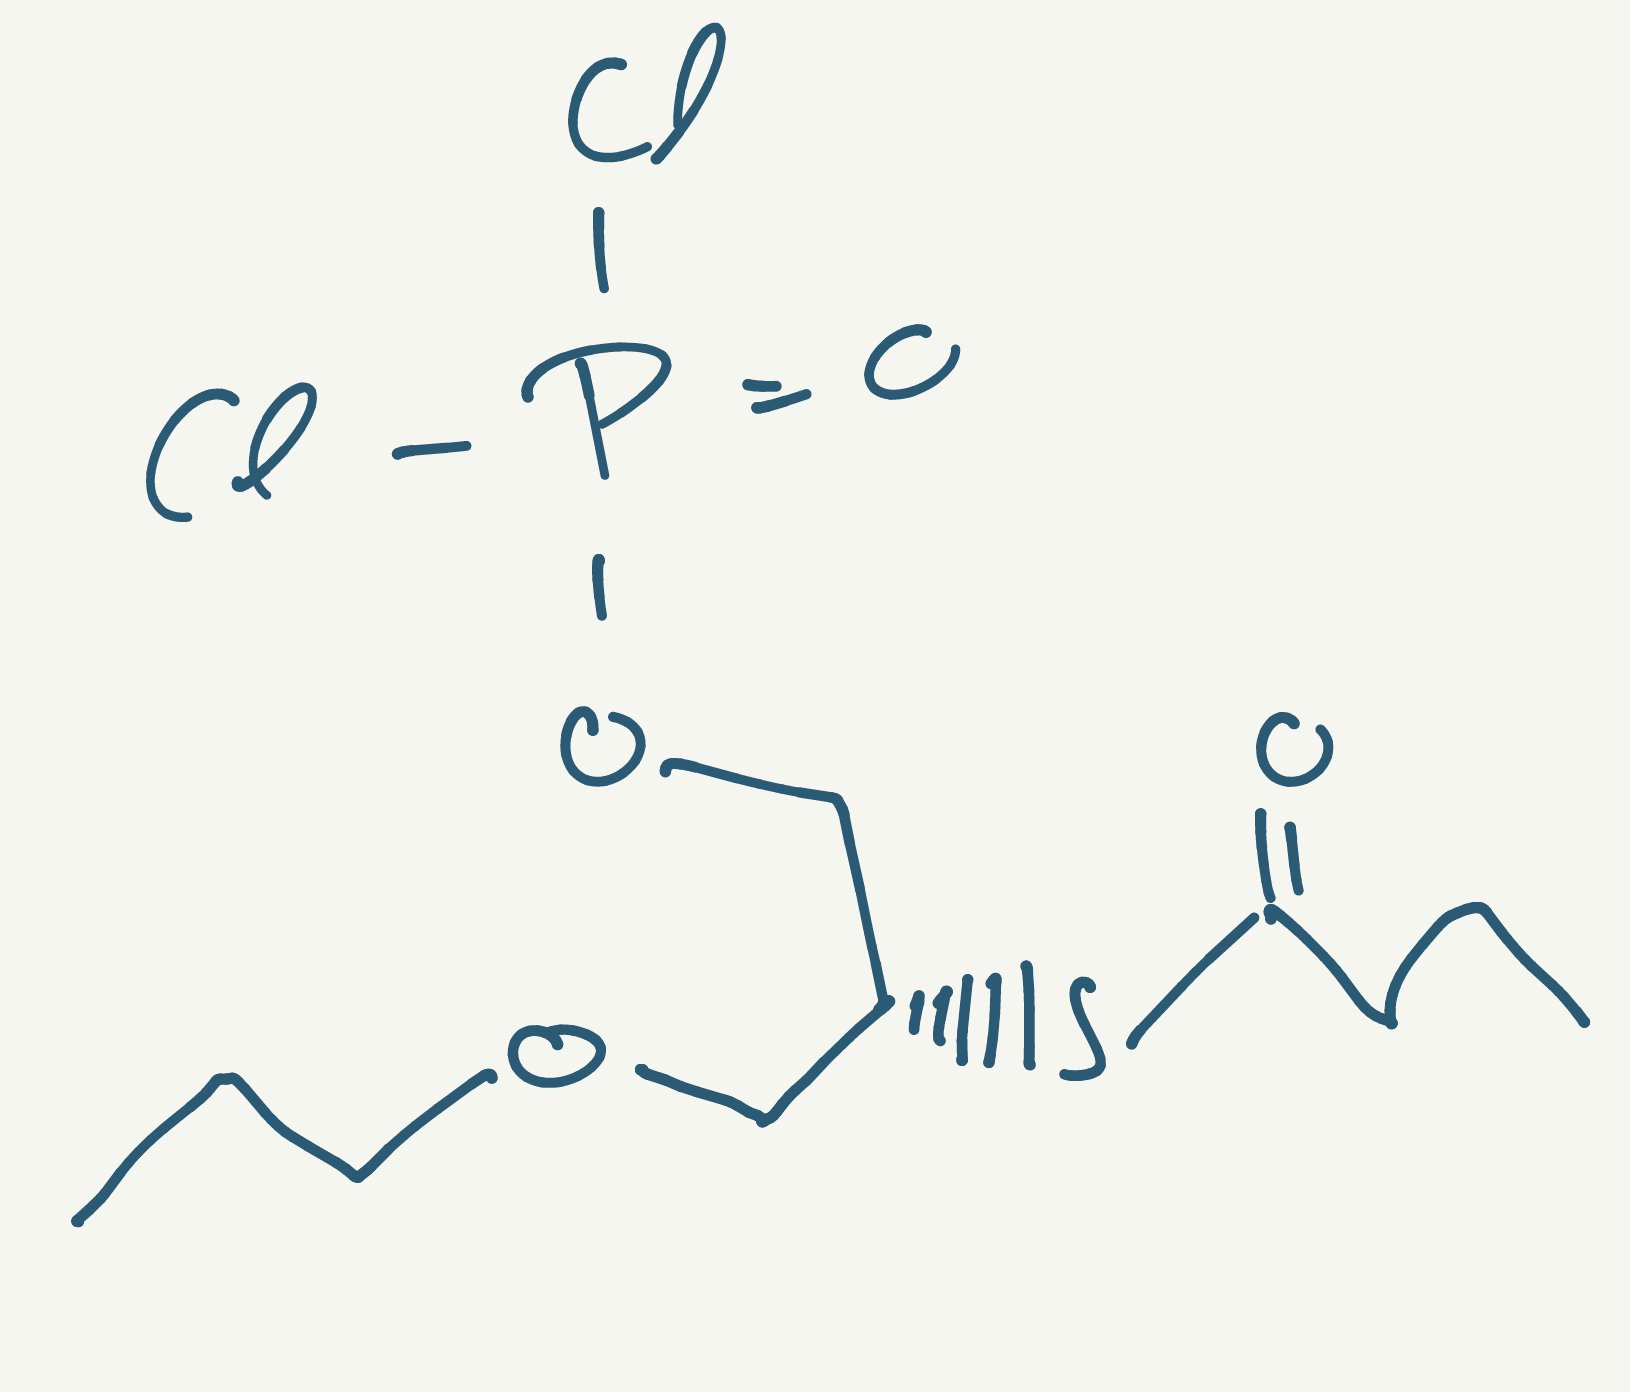
Simplified molecular-input line-entry system (SMILES) notation of the given molecule:
CCCC(=O)S[C@H](COCCC)COP(=O)(Cl)Cl